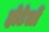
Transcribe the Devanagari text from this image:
होटेलों